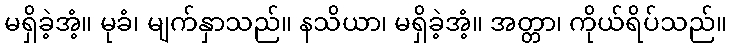
မရှိခဲ့အံ့။ မုခံ၊ မျက်နှာသည်။ နသိယာ၊ မရှိခဲ့အံ့။ အတ္တာ၊ ကိုယ်ရိပ်သည်။